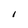
Character: t